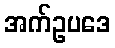
အက်ဥပဒေ